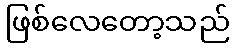
ဖြစ်လေတော့သည်